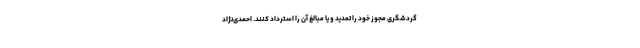
گردشگری مجوز خود را تمدید و یا مبالغ آن‌ را استرداد کنند. احمدی‌نژاد